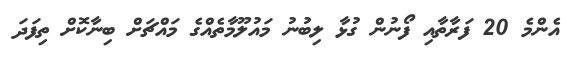
އެންމެ 20 ފަރާތާއި ފޯނުން ގުޅާ ލިބުނު މައުލޫމާތެއްގެ މައްޗަށް ބިނާކޮށް ތިފަދަ